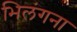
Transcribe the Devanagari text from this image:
भिलंगना